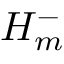
H _ { m } ^ { - }